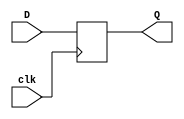
`timescale 1ns / 1ps
//////////////////////////////////////////////////////////////////////////////////
// Company: 
// Engineer: 
// 
// Design Name: 
// Module Name:    D_FF 
// Project Name: 
// Target Devices: 
// Tool versions: 
// Description: 
//
// Dependencies: 
//
// Revision: 
// Revision 0.01 - File Created
// Additional Comments: 
//
//////////////////////////////////////////////////////////////////////////////////
module D_FF(
    input clk,
	 input D,
//	 input reset,
    output reg Q
    
    );
	 
	 always @ (posedge clk)
	 begin
//		if(reset==1'b1)
//			Q <= 1'b0;
//		else
			Q <= D;                  // Procedural assignment to a non-register Q is not permitted, 
	 end                           // left-hand side should be reg/integer/time/genvar 
 	

	
endmodule






/*module level_sensitive_latch(D, Q, En);
	input D, En;
	output Q;
	
	assign Q= En?D:Q;
	
endmodule
*/